Report of the Indian Hemp Drugs Commission, 1894-1895 - Volume VI
Year: 1894
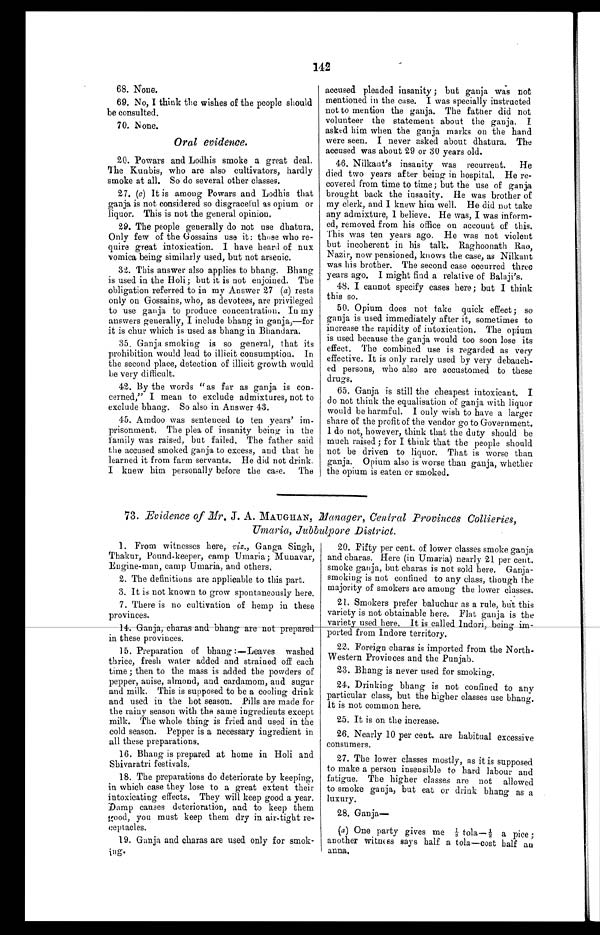
142
68. None.
69. No, I think the wishes of the people should
be consulted.
70. None.
Oral evidence.
20. Powars and Lodhis smoke a great deal.
The Kunbis, who are also cultivators, hardly
smoke at all. So do several other classes.
27. (c) It is among Powars and Lodhis that
ganja is not considered so disgraceful as opium or
liquor. This is not the general opinion.
29 . The people generally do not use dhatura.
Only few of the Gossains use it: those who re-
quire great intoxication. I have heard of nux
vomica being similarly used, but not arsenic.
32. This answer also applies to bhang. Bhang
is used in the Holi; but it is not enjoined. The
obligation referred to in my Answer 27 (a) rests
only on Gossains, who, as devotees, are privileged
to use ganja to produce concentration. In my
answers generally, I include bhang, in ganja,—for
it is chur which is used as bhang in Bhandara.
35. Ganja smoking is so general, that its
prohibition would lead to illicit consumption. In
the second place, detection of illicit growth would
be very difficult.
42. By the words "as far as ganja is con-
cerned," I mean to exclude admixtures, not to
exclude bhang. So also in Answer 43.
45. Amdoo was sentenced to ten years' im-
prisonment. The plea of insanity being in the
family was raised, but failed. The father said
the accused smoked ganja to excess, and that he
learned it from farm servants. He did not drink.
I knew him personally before the case. The
accused pleaded insanity ; but ganja was not
mentioned in the case. I was specially instructed
not to mention the ganja. The father did not
volunteer the statement about the ganja. I
asked him when the ganja marks on the hand
were seen. I never asked about dhatura. The
accused was about 29 or 30 years old.
46. Nilkaut's insanity was recurrent. He
died two years after being in hospital. He re-
covered from time to time; but the use of ganja
brought back the insanity. He was brother of
my clerk, and I knew him well. He did not take
any admixture, 1 believe. He was, I was inform-
ed, removed from his office on account of this.
This was ten years ago. He was not violent
but incoherent in his talk. Raghoonath Rao,
Nazir, now pensioned, knows the case, as Nilkant
was his brother. The second case occurred three
years ago. I might find a relative of Balaji's.
48. I cannot specify cases here; but I think
this so.
50. Opium does not take quick effect; so
ganja is used immediately after it, sometimes to
increase the rapidity of intoxication. The opium
is used because the ganja would too soon lose its
effect. The combined use is regarded as very
effective. It is only rarely used by very debauch-
ed persons, who also are accustomed to these
drugs.
65. Ganja is still the cheapest intoxicant. I
do not think the equalisation of ganja with liquor
would be harmful. I only wish to have a larger
share of the profit of the vendor go to Government.
I do not, however, think that the duty should be
much raised ; for I think that the people should
not be driven to liquor. That is worse than
ganja. Opium also is worse than ganja, whether
the opium is eaten or smoked.
73. Evidence of Mr. J . A. MAUGHAN, Manager, Central Provinces
Collieries,
Umaria, Jubbulpore District.
1. From witnesses here, viz., Ganga Singh,
Thakur, Pound-keeper, camp Umaria; Munavar,
Engine-man, camp Umaria, and others.
2. The definitions are applicable to this part.
3. It is not known to grow spontaneously here.
7. There is no cultivation of hemp in these
provinces.
14. Ganja, charas and bhang are not prepared
in these provinces.
15. Preparation of bhang :—Leaves washed
thrice, fresh water added and strained off each
time ; then to the mass is added the powders of
pepper, anise, almond, and cardamom, and sugar
and milk. This is supposed to be a cooling drink
and used in the hot season. Pills are made for
the rainy season with the same ingredients except
milk. The whole thing is fried and used in the
cold season. Pepper is a necessary ingredient in
all these preparations.
16. Bhang is prepared at home in Holi and
Shivaratri festivals.
18. The preparations do deteriorate by keeping,
in which case they lose to a great extent their
intoxicating effects. They will keep good a year.
Damp causes deterioration, and to keep them
good, you must keep them dry in air-tight re-
ceptacles.
19. Ganja and charas are used only for smok-
ing.
20. Fifty per cent. of lower classes smoke ganja
and charas. Here (in Umaria) nearly 21 per cent.
smoke ganja, but charas is not sold here. Ganja-
- s m o k i n g i s n o t c o n f i n e d t o a n y c l a s s , t h o u g h t h e
majority of smokers are among the lower classes.
21. Smokers prefer baluchur as a rule, but this
variety is not obtainable here. Flat ganja is the
variety used here. It is called Indori, being
ported from Indore territory.
22. Foreign charas is imported from the North-
Western Provinces and the Punjab.
23. Bhang is never used for smoking.
24. Drinking bhang is not confined to any
particular class, but the higher classes use bhang.
It is not common here.
25. It is on the increase.
26. Nearly 10 per cent. are habitual excessive
consumers.
27. The lower classes mostly, as it is supposed
to make a person insensible to hard labour and
f a t i g u e . Th e h i g h e r c l a s s e s a r e n o t a l l o we d
to smoke ganja, but eat or drink bhang as a
luxury.
28. Ganja
—
(a) One party gives me ⅛ t o l a — ½ a p i c e ;
another witness says half a tola—cost half an
anna.